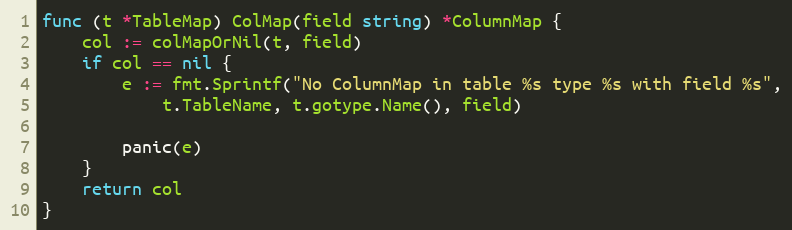
Language: Go
func (t *TableMap) ColMap(field string) *ColumnMap {
	col := colMapOrNil(t, field)
	if col == nil {
		e := fmt.Sprintf("No ColumnMap in table %s type %s with field %s",
			t.TableName, t.gotype.Name(), field)

		panic(e)
	}
	return col
}